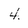
Character: 4